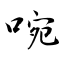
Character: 啘